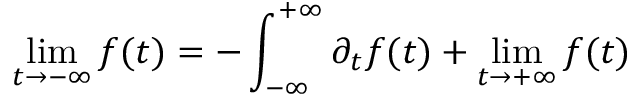
\operatorname * { l i m } _ { t \rightarrow - \infty } f ( t ) = - \int _ { - \infty } ^ { + \infty } \partial _ { t } f ( t ) \d t + \operatorname * { l i m } _ { t \rightarrow + \infty } f ( t )